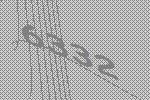
6332